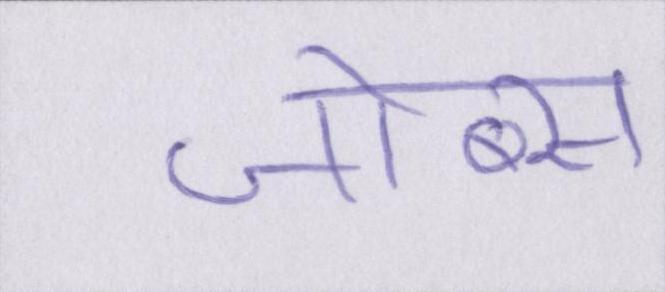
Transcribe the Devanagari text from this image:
जोब्स